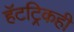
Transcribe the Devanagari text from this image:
हॅटट्रिकही